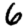
Digit: 6